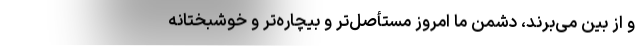
و از بین می‌برند، دشمن ما امروز مستأصل‌تر و بیچاره‌تر و خوشبختانه